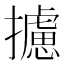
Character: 攄